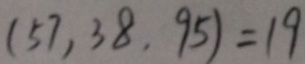
( 5 7 , 3 8 , 9 5 ) = 1 9